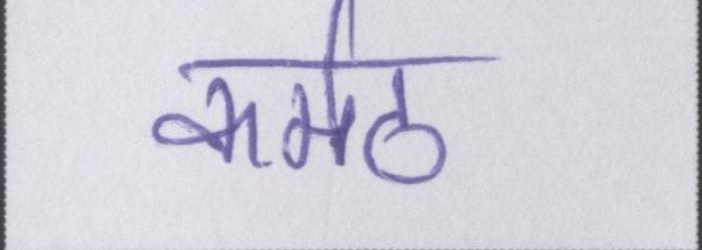
कर्मठ